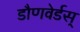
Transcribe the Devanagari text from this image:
डौणवेर्डस्